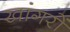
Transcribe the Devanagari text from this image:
खांगरों